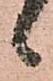
候